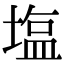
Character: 塩